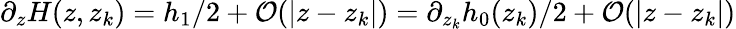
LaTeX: \partial_{z}H(z,z_{k})=h_{1}/2+{\mathcal O}(|z-z_{k}|)=\partial_{z_{k}}h_{0}(z_{k})/2+{\mathcal O}(|z-z_{k}|)